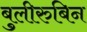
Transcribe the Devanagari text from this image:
बुलीरुबिन